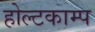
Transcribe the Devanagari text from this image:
होल्टकाम्प